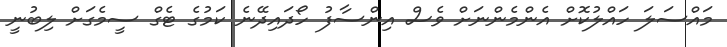
މައްސަލަ ހައްލުކޮށް އެންމެންނަށް ވެސް އިންސާފު ހޯދައިދޭނެ ކަމުގެ ޓެގް ސީމެގަށް ލިބުނީ